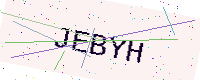
Text: JEBYH